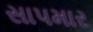
સાપમાર